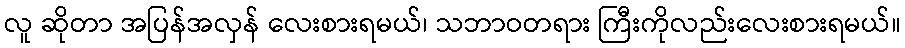
လူ ဆိုတာ အပြန်အလှန် လေးစားရမယ်၊ သဘာဝတရား ကြီးကိုလည်းလေးစားရမယ်။